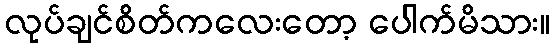
လုပ်ချင်စိတ်ကလေးတော့ ပေါက်မိသား။